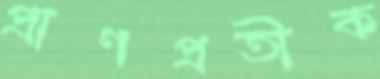
প্রাণপ্রতীক